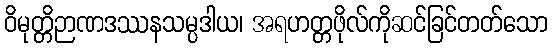
ဝိမုတ္တိဉာဏဒဿနသမ္ပဒါယ၊ အရဟတ္တဖိုလ်ကိုဆင်ခြင်တတ်သော